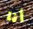
أنا